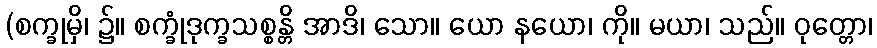
(စက္ခုမှိ၊ ၌။ စက္ခုံဒုက္ခသစ္စန္တိ အာဒိ၊ သော။ ယော နယော၊ ကို။ မယာ၊ သည်။ ဝုတ္တော၊